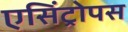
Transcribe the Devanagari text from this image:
एसिंट्रोपस